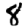
Digit: 8